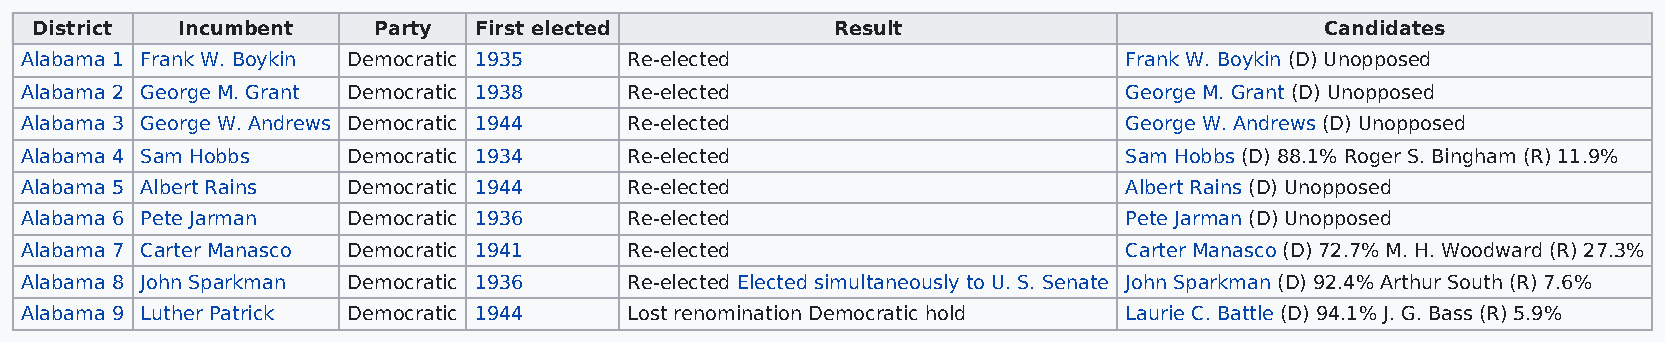
District  Incumbent    Party First elected           Result                           Candidates
 Alabama 1 Frank W. Boykin Democratic 1935 Re-elected                     Frank W. Boykin (D) Unopposed
 Alabama 2 George M. Grant Democratic 1938 Re-elected                     George M. Grant (D) Unopposed
 Alabama 3 George W. Andrews Democratic 1944 Re-elected                   George W. Andrews (D) Unopposed
 Alabama 4 Sam Hobbs   Democratic 1934    Re-elected                      Sam Hobbs (D) 88.1% Roger S. Bingham (R) 11.9%
 Alabama 5 Albert Rains Democratic 1944   Re-elected                      Albert Rains (D) Unopposed
 Alabama 6 Pete Jarman Democratic 1936    Re-elected                      Pete Jarman (D) Unopposed
 Alabama 7 Carter Manasco Democratic 1941 Re-elected                      Carter Manasco (D) 72.7% M. H. Woodward (R) 27.3%
 Alabama 8 John Sparkman Democratic 1936  Re-elected Elected simultaneously to U. S. Senate John Sparkman (D) 92.4% Arthur South (R) 7.6%
 Alabama 9 Luther Patrick Democratic 1944 Lost renomination Democratic hold Laurie C. Battle (D) 94.1% J. G. Bass (R) 5.9%